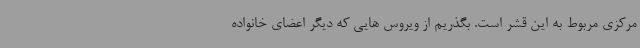
مرکزی مربوط به این قشر است. بگذریم از ویروس هایی که دیگر اعضای خانواده